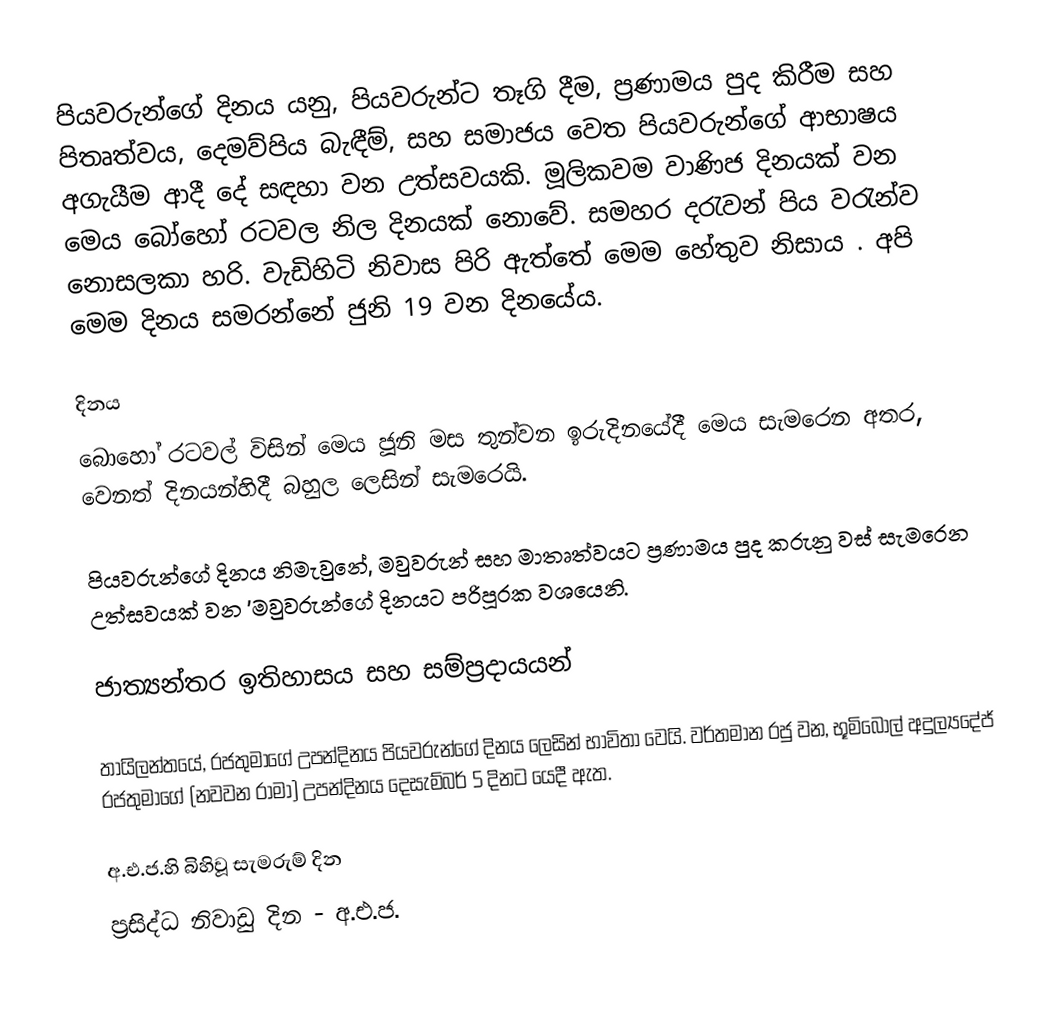
පියවරුන්ගේ දිනය යනු, පියවරුන්ට තෑගි දීම, ප්‍රණාමය පුද කිරීම සහ පිතෘත්වය, දෙමව්පිය බැඳීම්, සහ සමාජය වෙත පියවරුන්ගේ ආභාෂය අගැයීම ආදී දේ සඳහා වන උත්සවයකි. මූලිකවම වාණිජ දිනයක් වන මෙය බෝහෝ රටවල නිල දිනයක් නොවේ. සමහර දරැවන් පිය වරැන්ව නොසලකා හරි.  වැඩිහිටි නිවාස පිරි ඇත්තේ මෙම හේතුව නිසාය . අපි මෙම දිනය සමරන්නේ ජුනි 19 වන දිනයේය.

දිනය
බොහෝ රටවල් විසින් මෙය ජූනි මස තුන්වන ඉරුදිනයේදී මෙය සැමරෙන අතර, වෙනත් දිනයන්හිදී බහුල ලෙසින් සැමරෙයි.

පියවරුන්ගේ දිනය නිමැවුනේ,  මවුවරුන් සහ මාතෘත්වයට ප්‍රණාමය පුද කරුනු වස් සැමරෙන උත්සවයක් වන 'මවුවරුන්ගේ දිනයට පරිපූරක වශයෙනි.

ජාත්‍යන්තර ඉතිහාසය සහ සම්ප්‍රදායයන්

තායිලන්තයේ, රජතුමාගේ උපන්දිනය පියවරුන්ගේ දිනය ලෙසින් භාවිතා වෙයි. වර්තමාන රජු වන,  භූමිබෝල් අදුල්‍යදේජ් රජතුමාගේ (නවවන රාමා) උපන්දිනය දෙසැම්බර් 5 දිනට යෙදී ඇත.

අ.එ.ජ.හි බිහිවූ සැමරුම් දින
ප්‍රසිද්ධ නිවාඩු දින - අ.එ.ජ.